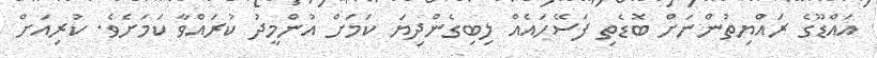
އައްޑޫގެ ރައްޔިތުންނަށް ބޮޑެތި ފަސޭހައެއް ލިބިގެންދިޔަ ކަމަށް އުންމީދު ކުރައްވާ ކަމަށެވެ. ކުރިއަށް